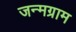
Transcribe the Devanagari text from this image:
जन्मग्राम